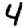
Digit: 4